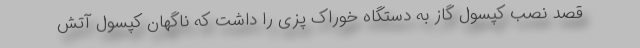
قصد نصب کپسول گاز به دستگاه خوراک پزی را داشت که ناگهان کپسول آتش